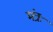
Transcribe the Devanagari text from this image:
मंत्रः